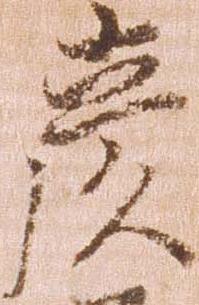
彦